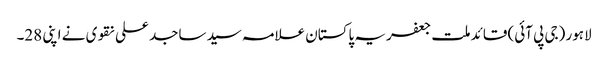
لاہور (جی پی آئی) قائد ملت جعفریہ پاکستان علامہ سید ساجد علی نقوی نے اپنی 28۔